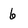
Character: 6